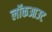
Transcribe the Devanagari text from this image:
लॉकआउट